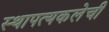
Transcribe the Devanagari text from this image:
स्थापत्यकलेची